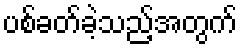
ပစ်ခတ်ခဲ့သည့်အတွက်